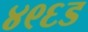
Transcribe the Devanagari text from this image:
४९६ड